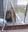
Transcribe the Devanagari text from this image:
बहुशिल्पकेंद्र